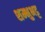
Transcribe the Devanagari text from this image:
शम्भुभट्ट